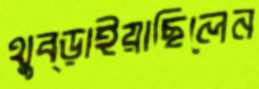
থুব্‌ড়াইয়াছিলেন